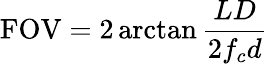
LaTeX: \mathrm{FOV}=2\arctan{\frac{LD}{2f_{c}d}}